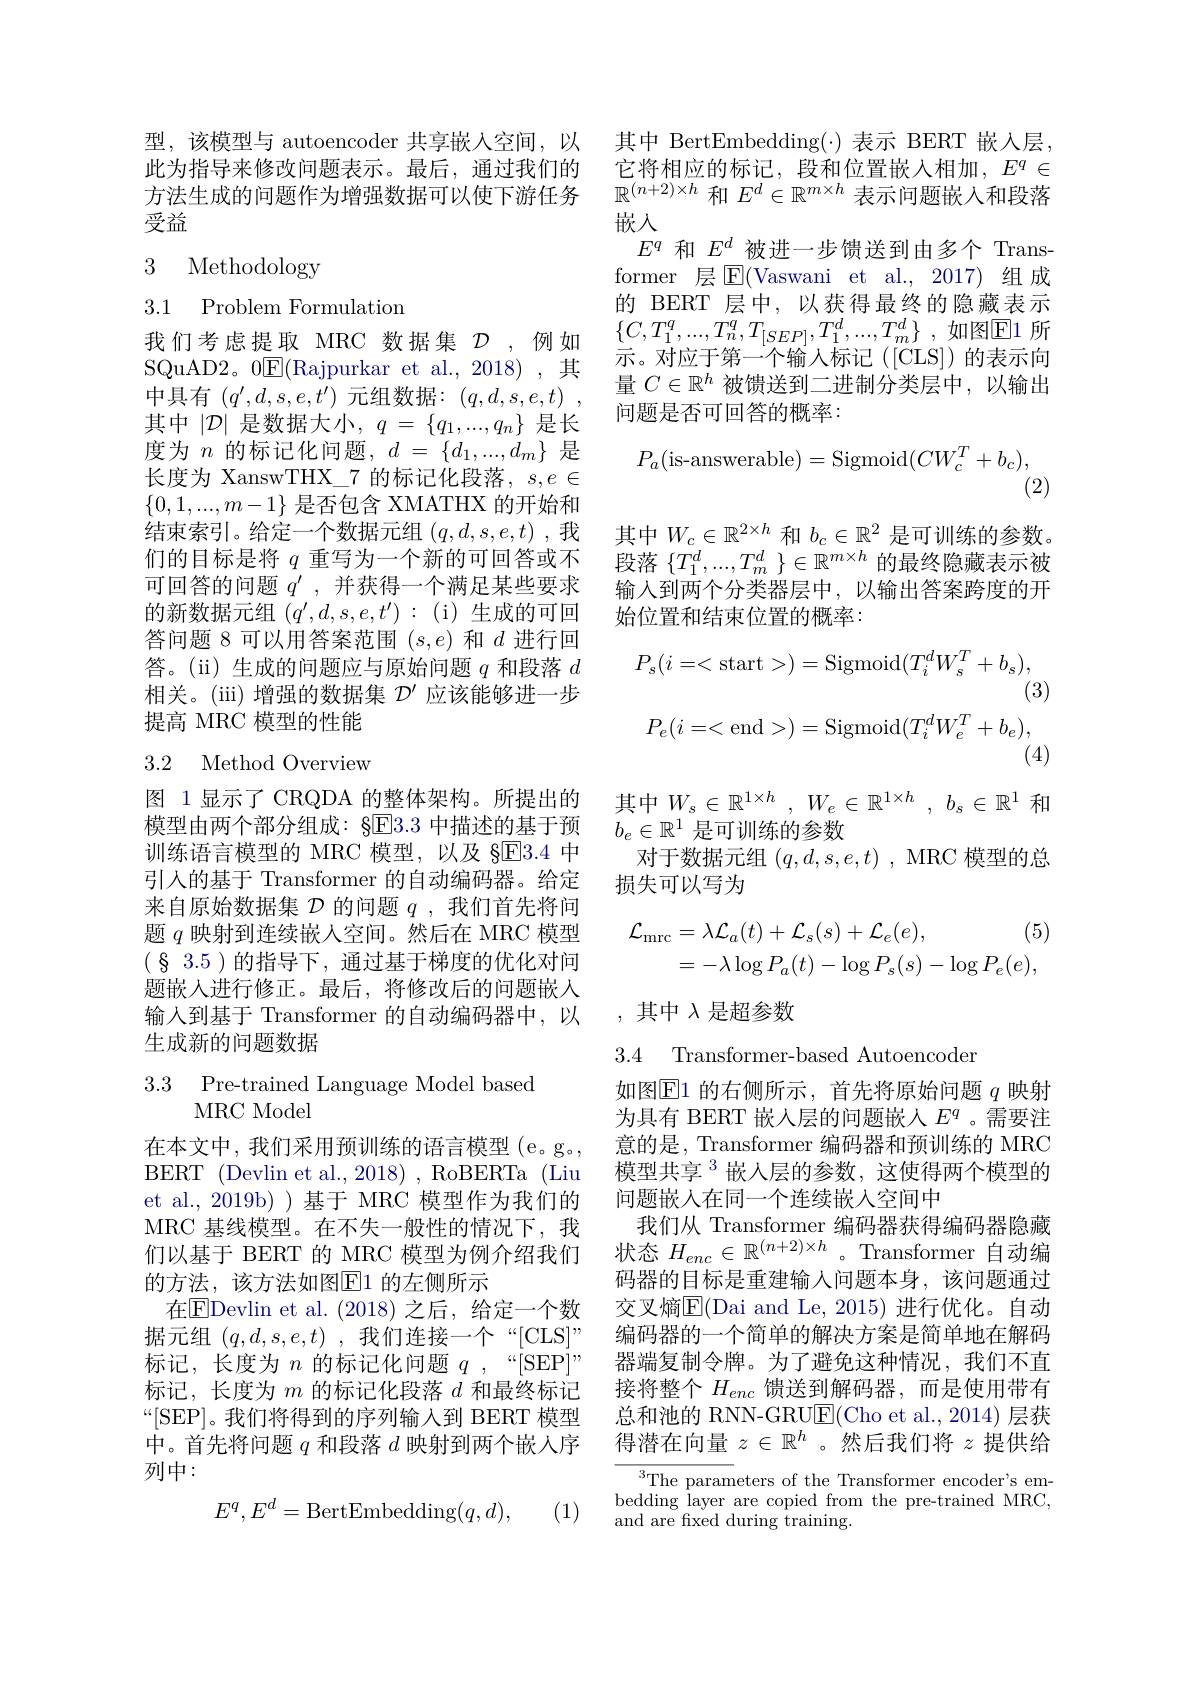
型，该模型与 autoencoder 共享嵌人空间，以 其中 BertEmbedding(·) 表示 BERT 嵌人层， 此为指导来修改问题表示。最后，通过我们的 它将相应的标记，段和位置嵌入相加，$E^q\in$ 方法生成的问题作为增强数据可以使下游任务$\mathbb{R}^{(n+2)\times h}$和$E^d\in\mathbb{R}^{m\times h}$表示问题嵌入和段落受益

3 Methodology

# 3.1 Problem Formulation

我们考虑提取 MRC 数据集 $\mathcal{D}$,例如SQuAD2。0$\underline{\mathrm{E}}($Rajpurkar et al.,2018),其中具有$(q^\prime,d,s,e,t^\prime)$元组数据：$( q, d, s, e, t)$ , 其中$|\mathcal{D}|$是数据大小$,q=\{q_1,...,q_n\}$是长度为$n$的标记化问题，$d=\{d_1,...,d_m\}$是长度为 XanswTHX\_7 的标记化段落，$s,e\in$ $\{0,1,...,m-1\}$是否包含 XMATHX 的开始和结束索引。给定一个数据元组$(q,d,s,e,t)$ ,我们的目标是将$q$重写为一个新的可回答或不可回答的问题$q^{\prime}$,并获得一个满足某些要求的新数据元组$(q^\prime,d,s,e,t^{\prime}):$ (i) 生成的可回答问题 8 可以用答案范围$(s,e)$和$d$进行回答。(ii) 生成的问题应与原始问题$q$和段落$d$ 相关。(iii) 增强的数据集$\mathcal{D}^\prime$应该能够进一步提高 MRC 模型的性能

## 3.2 Method Overview

图 1显示了 CRQDA 的整体架构。所提出的模型由两个部分组成：§E3.3 中描述的基于预训练语言模型的 MRC 模型，以及 §El3.4 中引入的基于 Transformer 的自动编码器。给定来自原始数据集$\mathcal{D}$的问题$q$ ,我们首先将问题$q$映射到连续嵌人空间。然后在 MRC 模型(83.5)的指导下，通过基于梯度的优化对问题嵌入进行修正。最后，将修改后的问题嵌人输入到基于 Transformer 的自动编码器中，以生成新的问题数据

3.3 Pre-trained Language Model based
MRC Model

在本文中，我们采用预训练的语言模型(e。g。, BERT (Devlin et al.,2018) , RoBERTa (Liu et al.,2019b))基于 MRC 模型作为我们的MRC 基线模型。在不失一般性的情况下，我们以基于 BERT 的 MRC 模型为例介绍我们的方法，该方法如图$\overline{\mathrm{E}}$1 的左侧所示
在$\boxed{\mathrm{FDevlin~et~al.~}}(2018)$ 之后，给定一个数据元组$( q, d, s, e, t)$ ,我们连接一个“[CLS]” 标记，长度为$n$的标记化问题$q,“[$SEP$]”$ 标记，长度为$m$的标记化段落$d$和最终标记“[SEP]。我们将得到的序列输入到 BERT 模型中。首先将问题$q$和段落$d$映射到两个嵌人序列中：
$$E^q,E^d=\mathrm{BertEmbedding}(q,d),$$
(1)

嵌入
$E^q$和$E^d$被进一步馈送到由多个 Transformer 层$\operatorname{E}($Vaswani et al.,2017)组成的 BERT 层中，以获得最终的隐藏表示$\{ C, T_{1}^{q}, . . . , T_{n}^{q}, T_{[ SEP] }, T_{1}^{d}, . . . , T_{m}^{d}\}$ ,如图E1 所示。对应于第一个输入标记([CLS])的表示向量$C\in\mathbb{R}^h$被馈送到二进制分类层中，以输出问题是否可回答的概率：
$$P_a(\text{is-answerable})=\mathrm{Sigmoid}(CW_c^T+b_c),$$
(2)
其中$W_c\in\mathbb{R}^{2\times h}$和$b_c\in\mathbb{R}^2$是可训练的参数。段落$\{T_1^d,...,T_m^d~\}\in\mathbb{R}^{m\times h}$的最终隐藏表示被输入到两个分类器层中，以输出答案跨度的开始位置和结束位置的概率：
$$P_{s}(i=<\mathrm{start}>)=\mathrm{Sigmoid}(T_{i}^{d}W_{s}^{T}+b_{s}),$$
(3)
$$P_e(i=<\mathrm{end}>)=\mathrm{Sigmoid}(T_i^dW_e^T+b_e),$$
(4)

其中$W_s\in \mathbb{R} ^{1\times h}$ , $W_e\in \mathbb{R} ^{1\times h}$ , $b_s\in \mathbb{R} ^1$ 和
$b_e\in\mathbb{R}^1$是可训练的参数
对于数据元组$(q,d,s,e,t)$ , MRC 模型的总
损失可以写为
$$\begin{aligned}\mathcal{L}_{\mathrm{mrc}}&=\lambda\mathcal{L}_{a}(t)+\mathcal{L}_{s}(s)+\mathcal{L}_{e}(e),\quad(5)\\&=-\lambda\log P_{a}(t)-\log P_{s}(s)-\log P_{e}(e),\end{aligned}$$
,其中$\lambda$是超参数

3.4 Transformer-based Autoencoder

如图$\operatorname{E1}$的右侧所示，首先将原始问题$q$映射为具有 BERT 嵌人层的问题嵌入$E^q$ 。需要注意的是，Transformer 编码器和预训练的 MRC 模型共享$^{3}$嵌入层的参数，这使得两个模型的问题嵌入在同一个连续嵌人空间中
我们从 Transformer 编码器获得编码器隐藏状态$H_enc\in\mathbb{R}^{(n+2)\times h}$。Transformer自动编码器的目标是重建输入问题本身，该问题通过交叉熵$\overline{\mathrm{E}}($Dai and Le,2015)进行优化。自动编码器的一个简单的解决方案是简单地在解码器端复制令牌。为了避免这种情况，我们不直接将整个$H_{enc}$馈送到解码器，而是使用带有总和池的 RNN-GRU$\underline{\mathrm{E}}($Cho et al.,2014)层获得潜在向量$z\in\mathbb{R}^h$ 。然后我们将$z$提供给

${\sqrt[3]{\text{The param}}}$eters of the Transformer encoder's embedding layer are copied from the pre-trained MRC, and are fixed during $\overset{.}{\operatorname*{training}}.$